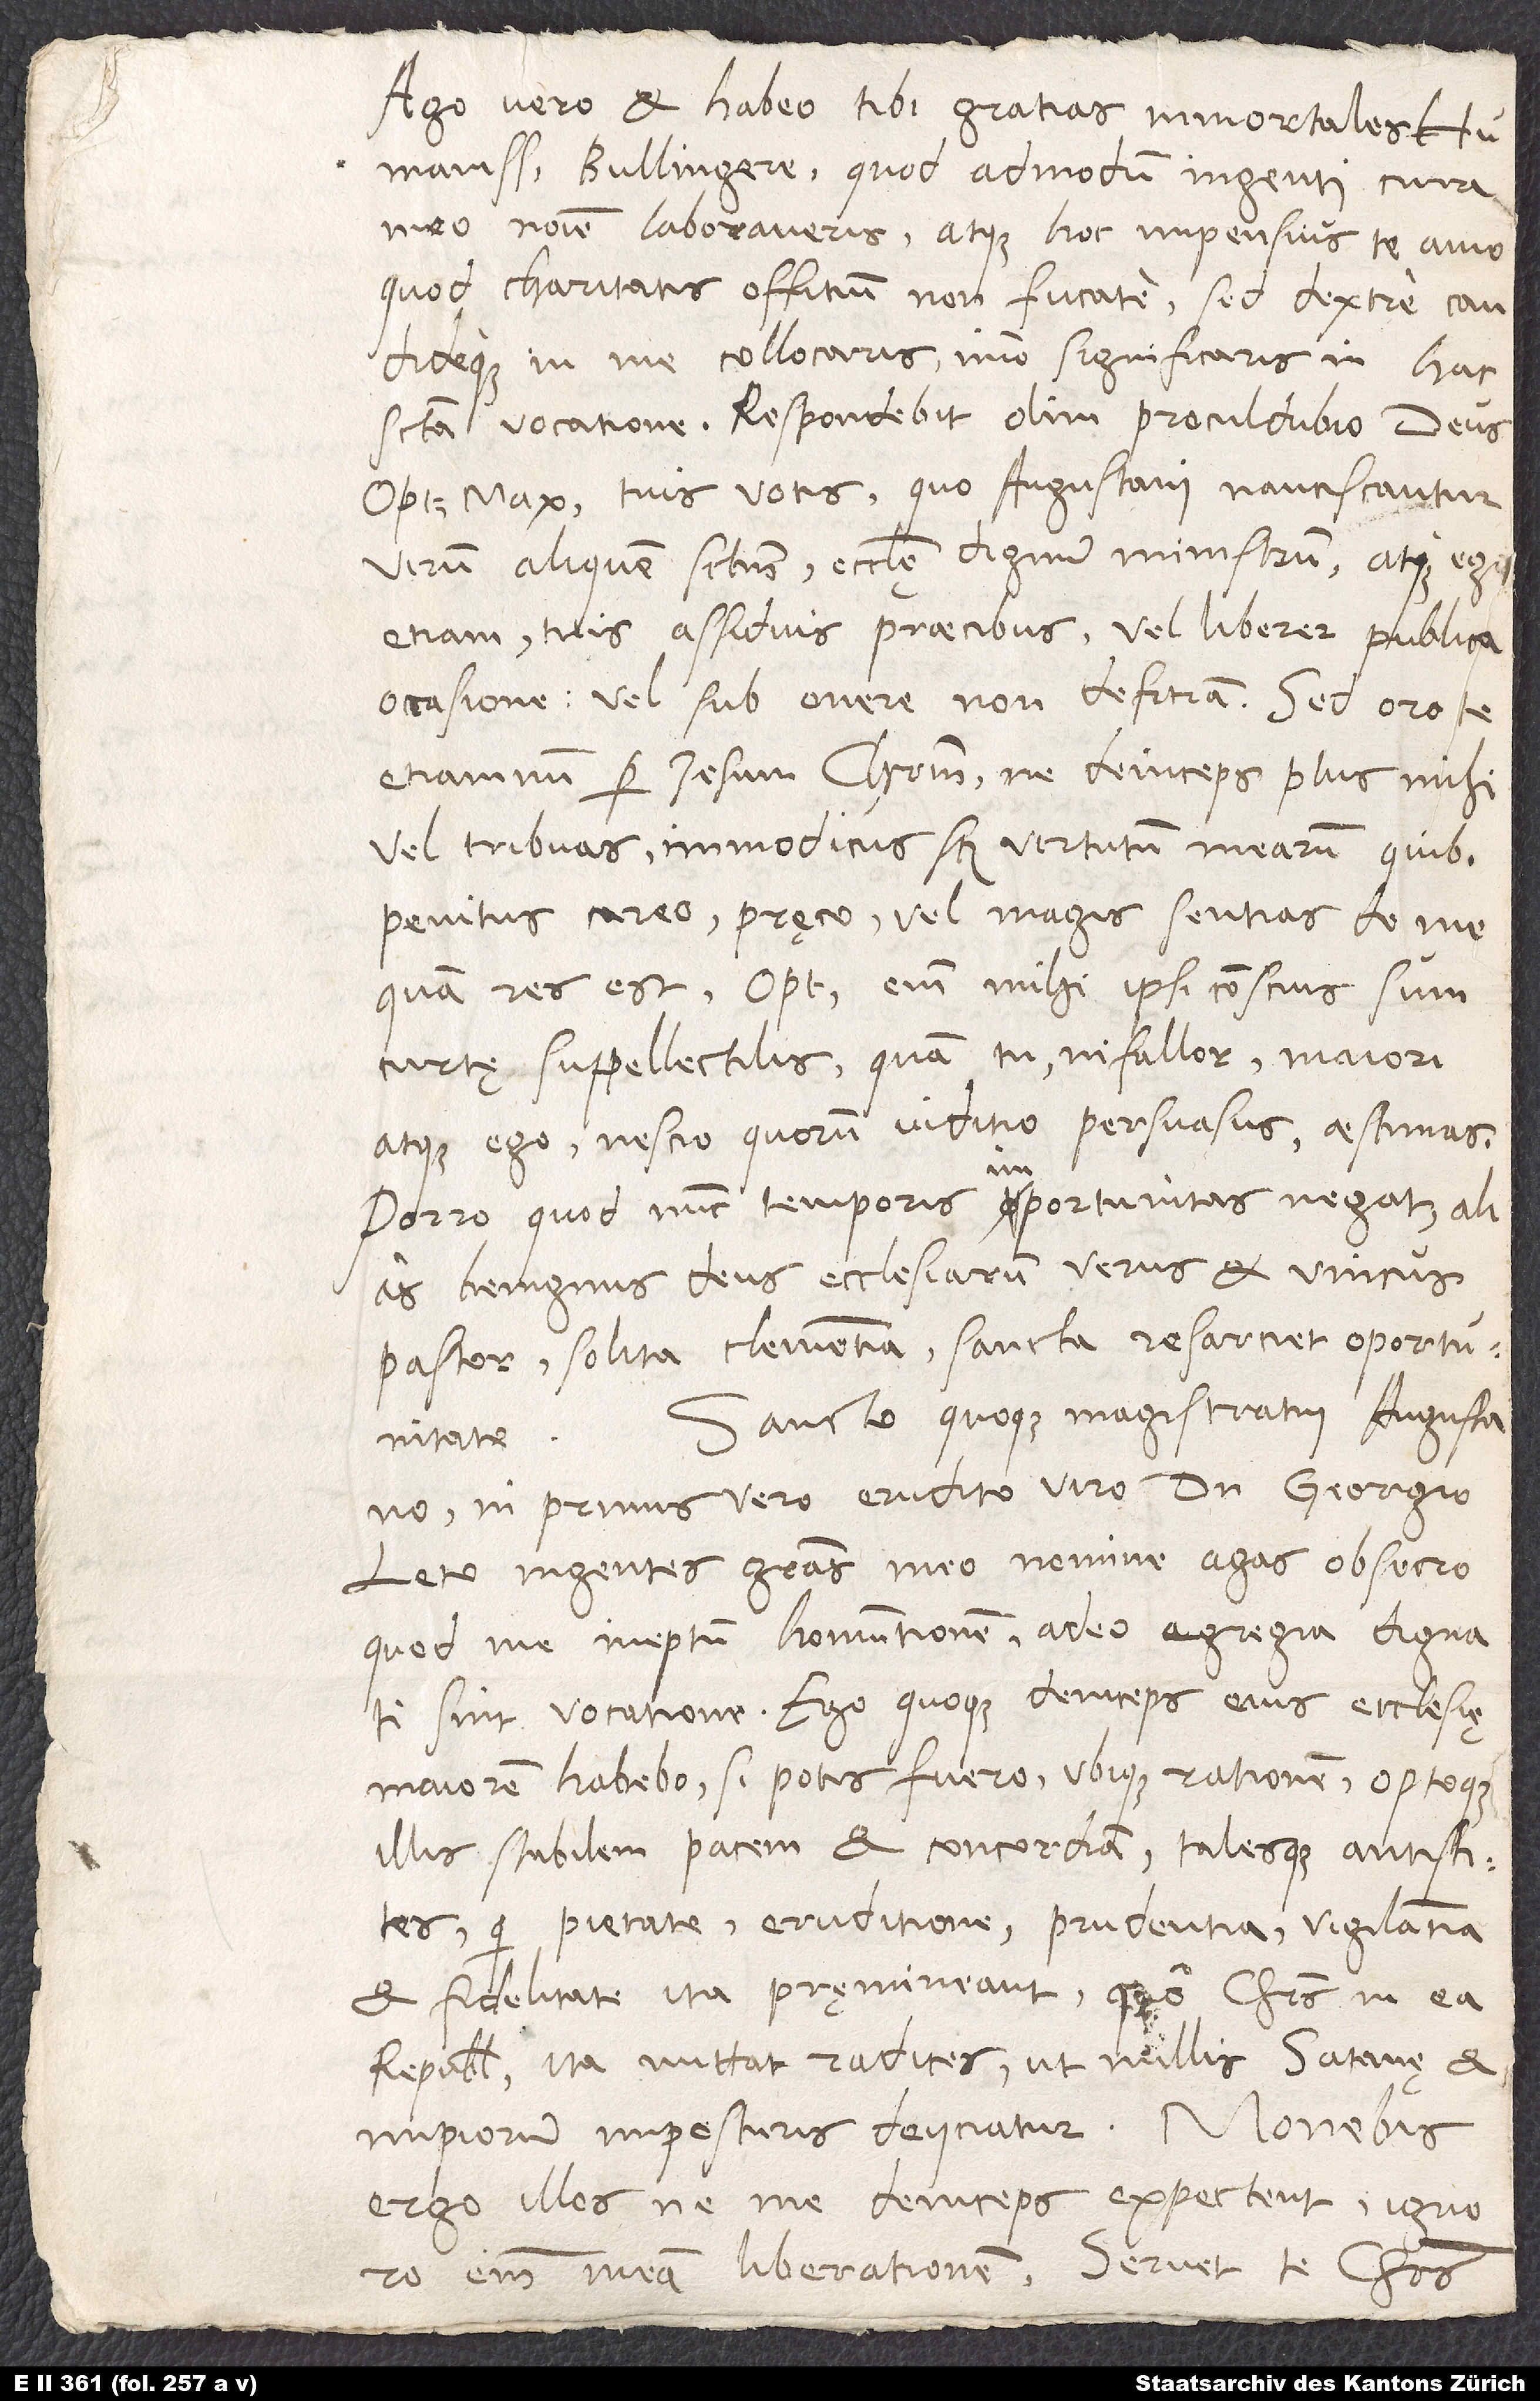
Ago vero et habeo tibi gratias inmortales,
humanissime Bullingere, quod admodum ingenti cura
meo nomine laboraveris, atque hoc impensius te amo,
quod charitatis offitium non fucate, sed dextre candideque
collocaris, imo significaris in hac
sancta vocatione. Respondebit olim procul dubio deus
optimus maximus tuis votis, quo Augustani nanciscantur
virum aliquem sanctum, ecclesię dignum ministrum, atque ego
etiam tuis assiduis praecibus vel liberer publica
occasione vel sub onere non defitiam. Sed te
etiamnum per Iesum Christum, ne deinceps plus mihi
vel tribuas, immodicus scilicet virtutum mearum, quibus
penitus careo, pręco, vel magis sentias de me,
quam res est. Optime enim mihi ipsi conscius sum
curtę suppellectilis, quam tu, ni fallor, maiori
atque ego, nescio quorum iuditio persuasus, aestimas.
Porro, quod nunc temporis importunitas negat, alias
benignus deus, ecclesiarum verus et unicus
pastor, solita clementia sancta resarciet oportunitate.
Sancto quoque magistratui Augustano,
inprimis vero erudito viro domino Georgio
Leto, ingentes gratias meo nomine agas, obsecro,
quod me, ineptum homuntionem, adeo egregia dignati
sint vocatione. Ego quoque deinceps eius ecclesię
maiorem habebo - si potis fuero - ubique rationem, optoque
illis stabilem pacem et concordiam talesque antistites,
qui pietate, eruditione, prudentia, vigilantia
et fidelitate ita pręmineant, quo Christus in ea
republica ita mittat radices, ut nullis satanę et
impiorum imposturis deiiciatur. Monebis
ergo illos, ne me deinceps expectent; ignoro
meam liberationem. Servet te Christus.